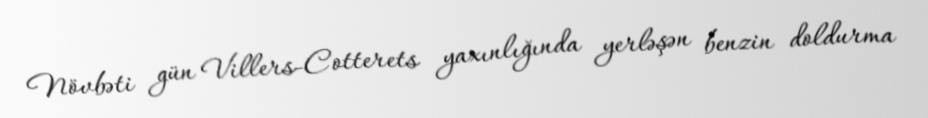
Növbəti gün Villers-Cotterets yaxınlığında yerləşən benzin doldurma